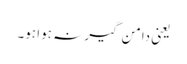
یعنی دامن گیر نہ ہوا ہو۔